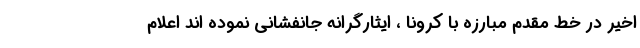
اخیر در خط مقدم مبارزه با کرونا ، ایثارگرانه جانفشانی نموده اند اعلام